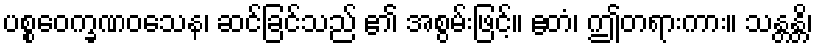
ပစ္စဝေက္ခဏဝသေန၊ ဆင်ခြင်သည် ၏ အစွမ်းဖြင့်။ ဧတံ၊ ဤတရားကား။ သန္တန္တိ၊